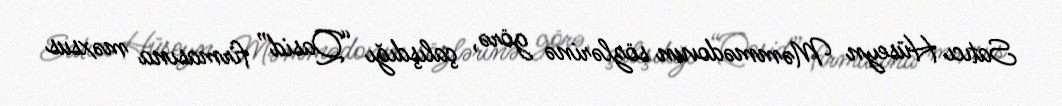
Satıcı Hüseyn Məmmədovun sözlərinə görə, çalışdığı “Qasid” firmasına məxsus